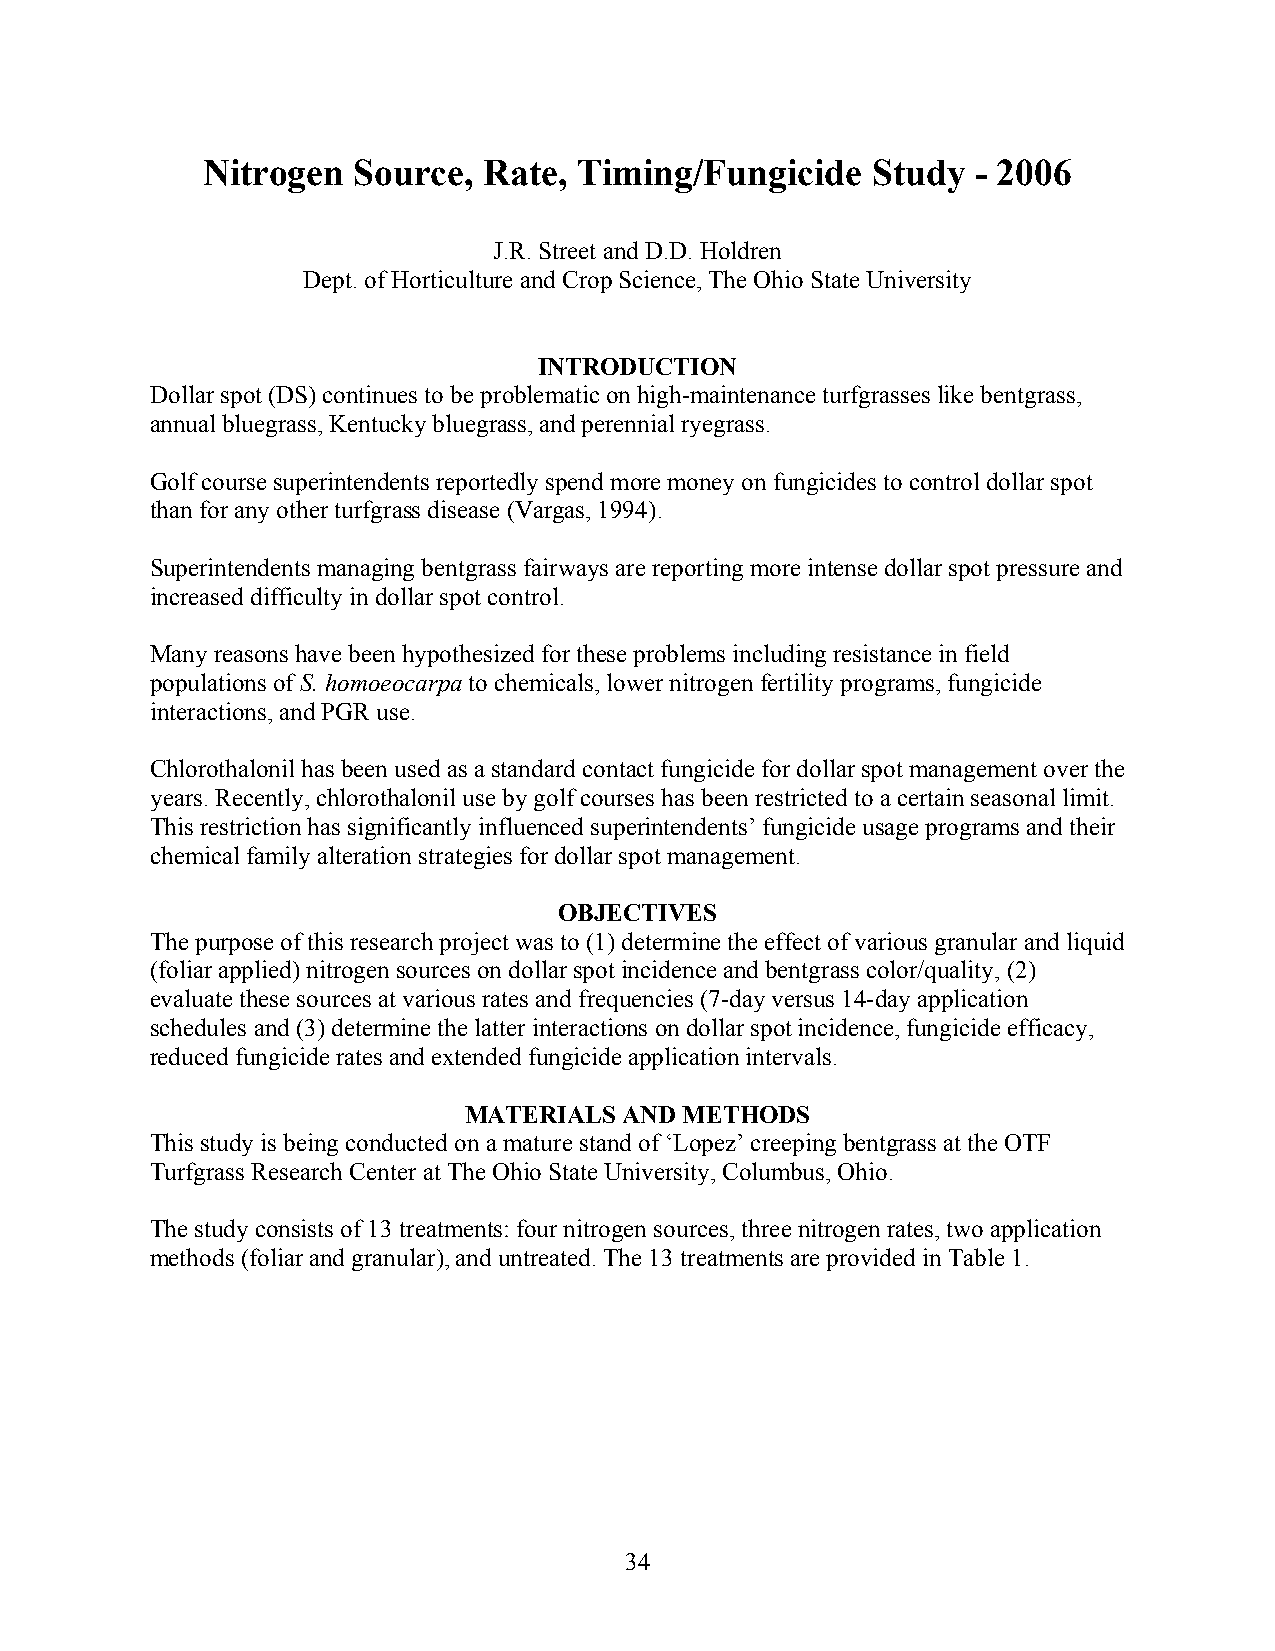
Nitrogen  Source,  Rate, Timing/Fungicide    Study  - 2006
 J.R. Street and D.D. Holdren
 Dept. of Horticulture and Crop Science, The Ohio State University
 INTRODUCTION
 Dollar spot (DS) continues to be problematic on high-maintenance turfgrasses like bentgrass,
 annual bluegrass, Kentucky bluegrass, and perennial ryegrass.
 Golf course superintendents reportedly spend more money on fungicides to control dollar spot
 than for any other turfgrass disease (Vargas, 1994).
 Superintendents managing bentgrass fairways are reporting more intense dollar spot pressure and
 increased difficulty in dollar spot control.
 Many reasons have been hypothesized for these problems including resistance in field
 populations of S. homoeocarpa to chemicals, lower nitrogen fertility programs, fungicide
 interactions, and PGR use.
 Chlorothalonil has been used as a standard contact fungicide for dollar spot management over the
 years. Recently, chlorothalonil use by golf courses has been restricted to a certain seasonal limit.
 This restriction has significantly influenced superintendents’ fungicide usage programs and their
 chemical family alteration strategies for dollar spot management.
 OBJECTIVES
 The purpose of this research project was to (1) determine the effect of various granular and liquid
 (foliar applied) nitrogen sources on dollar spot incidence and bentgrass color/quality, (2)
 evaluate these sources at various rates and frequencies (7-day versus 14-day application
 schedules and (3) determine the latter interactions on dollar spot incidence, fungicide efficacy,
 reduced fungicide rates and extended fungicide application intervals.
 MATERIALS AND METHODS
 This study is being conducted on a mature stand of ‘Lopez’ creeping bentgrass at the OTF
 Turfgrass Research Center at The Ohio State University, Columbus, Ohio.
 The study consists of 13 treatments: four nitrogen sources, three nitrogen rates, two application
 methods (foliar and granular), and untreated. The 13 treatments are provided in Table 1.
 34